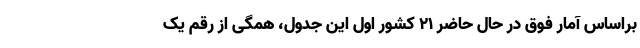
براساس آمار فوق در حال حاضر ۲۱ کشور اول این جدول، همگی از رقم یک